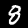
Digit: 8